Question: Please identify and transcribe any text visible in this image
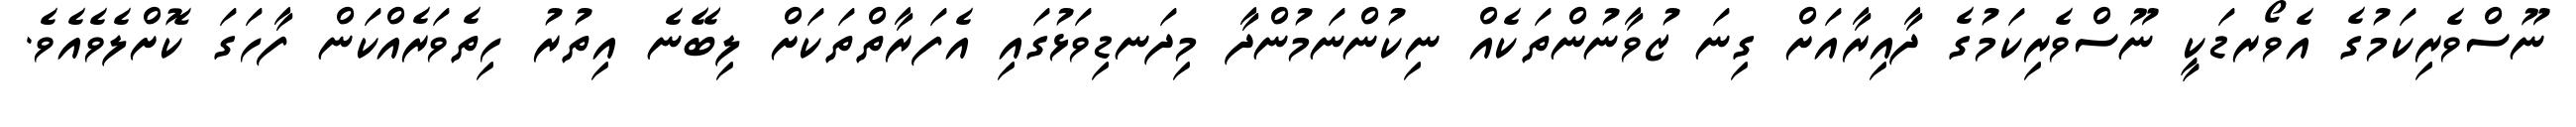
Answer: ނޫސްވެރިކަމުގެ އެވޯރޑަކީ ނޫސްވެރިކަމުގެ ދާއިރާއަށް ގިނަ ޒުވާނުންތަކެއް ނިކުންނަމުންދާ މިދަނޑިވަޅުގައި އެފަރާތްތަކަށް ލިބޭނެ އިތުރު ހިތެވަރެއްކަން ފާހަގަ ކޮށްލެވެއެވެ.